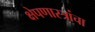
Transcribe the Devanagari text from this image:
क्षेपणास्त्रांचा